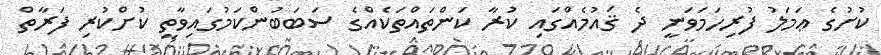
ކުށުގެ ޢަމަލު ފުރިހަމަވަނީ ދެ ޤައުމެއްގައި ކުރާ ކަންތައްތަކެއްގެ ސަބަބުންކަމުގައިވާތީ ކުށްކުރި ފަރާތް